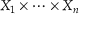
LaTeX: X _ { 1 } \times \cdots \times X _ { n }